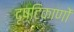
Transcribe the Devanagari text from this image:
दृष्टिकाणों